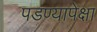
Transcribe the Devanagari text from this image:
पडण्यापेक्षा